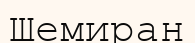
Шемиран